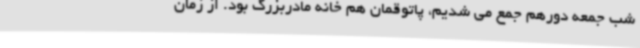
شب جمعه دورهم جمع می شدیم، پاتوقمان هم خانه مادربزرگ بود. از زمان